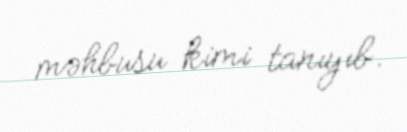
məhbusu kimi tanıyıb.